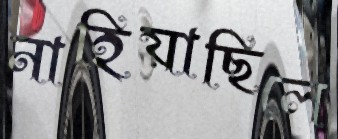
নাহিয়াছিলে